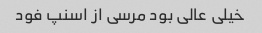
خیلی عالی بود مرسی از اسنپ فود